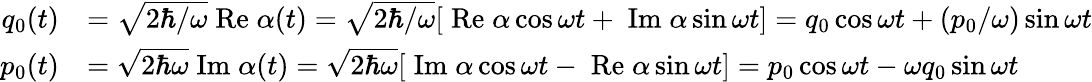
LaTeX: \begin{array}{rl}{q_{0}(t)}&{=\sqrt{2\hbar/\omega}\mathrm{\; Re}\; \alpha(t)=\sqrt{2\hbar/\omega}[\mathrm{\; Re}\; \alpha\cos\omega t+\mathrm{\; Im}\; \alpha\sin\omega t]=q_{0}\cos\omega t+(p_{0}/\omega)\sin\omega t}\\ {p_{0}(t)}&{=\sqrt{2\hbar\omega}\mathrm{\; Im}\; \alpha(t)=\sqrt{2\hbar\omega}[\mathrm{\; Im}\; \alpha\cos\omega t-\mathrm{\; Re}\; \alpha\sin\omega t]=p_{0}\cos\omega t-\omega q_{0}\sin\omega t}\end{array}